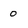
Character: o